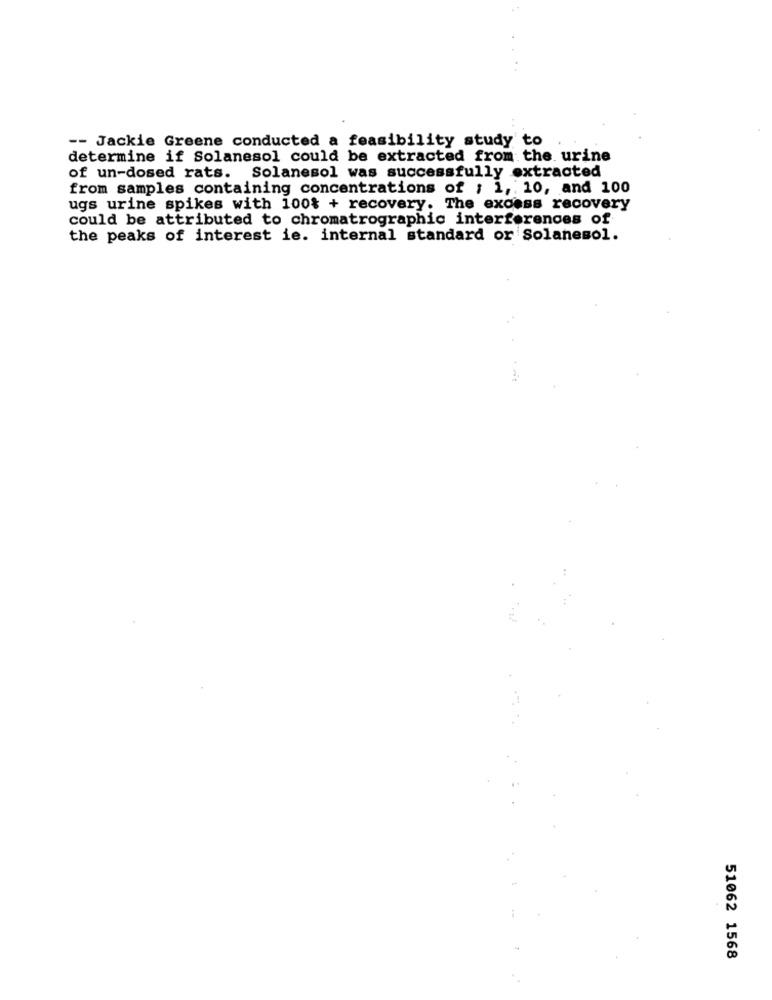
-- Jackie Greene conducted a feasibility study to
determine if Solanesol could be extracted from the urine
of un-dosed rats. Solanesol was successfully extracted
from samples containing concentrations of ; 1, 10, and 100
ugs urine spikes with 100% + recovery. The excess recovery
could be attributed to chromatrographic interferences of
the peaks of interest ie. internal standard or Solanesol.
51062 1568